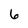
Character: 6